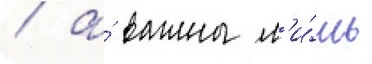
/ а́ важны л'и́шь